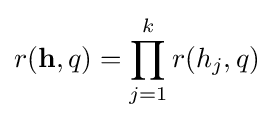
r(\mathbf {h} ,q)=\prod _{j=1}^{k}r(h_{j},q)